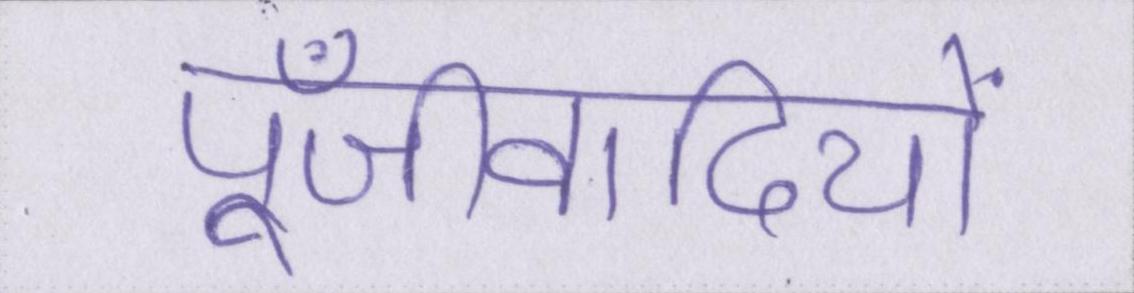
पूँजीवादियों